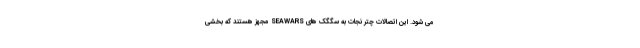
می شود. این اتصالات چتر نجات به سگگک های SEAWARS مجهز هستند که بخشی